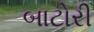
બાટોરી